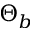
\Theta _ { b }